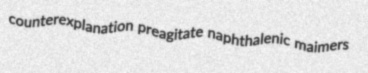
counterexplanation preagitate naphthalenic maimers